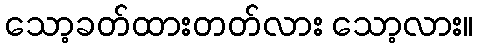
သော့ခတ်ထားတတ်လား သော့လား။